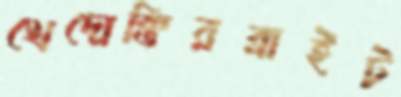
খেদোক্তিরব্রাইট